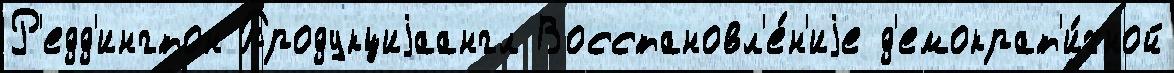
Р'едд'ингтон Продукциjаангл Восстановл'е́н'иjе д'емократ'и́чной